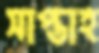
সাপ্তাহ